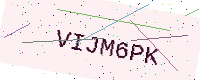
Text: VIJM6PK